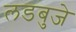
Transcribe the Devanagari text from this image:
लडबुजे